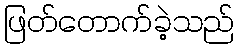
ဖြတ်တောက်ခဲ့သည်